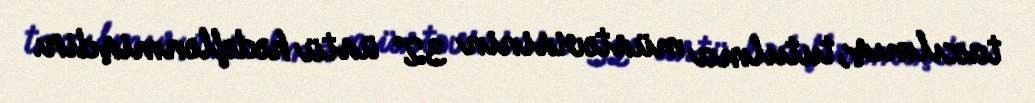
taxılmış, tutulma müstəvisinin 32° üstü hədəflənmişdir.